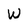
Character: W